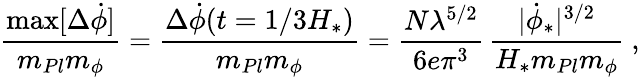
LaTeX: \frac{\mathrm{max}[\Delta\dot{\phi}]}{m_{Pl}m_{\phi}}=\frac{\Delta\dot{\phi}(t=1/3H_{*})}{m_{Pl}m_{\phi}}=\frac{N\lambda^{5/2}}{6e\pi^{3}}\, \frac{|\dot{\phi}_{*}|^{3/2}}{H_{*}m_{Pl}m_{\phi}}\ ,